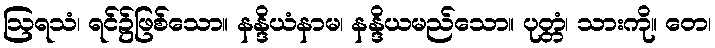
ဩရသံ၊ ရင်၌ဖြစ်သော။ နန္ဒိယံနာမ၊ နန္ဒိယမည်သော။ ပုတ္တံ၊ သားကို။ တေ၊